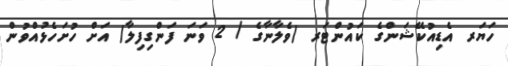
ހަޔަރ އެޑިއުކޭޝަންގެ ކައުންޓަރ (ވެލާނާގެ / 2 ވަނަ ފަންގިފިލާ) އަށް ހުށަހެޅުއްވުން